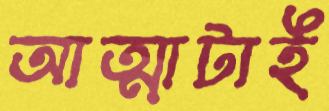
আত্মাটাই